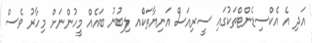
އަދި އެ އެކްސިޑެންޓްތަކުގައި ސީރިއަސް އަނިޔާތަކެްއ ލިބުނު ބައެއް މީހުންނަށް މިހާރު ވެސް